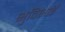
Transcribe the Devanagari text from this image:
भुविभाई